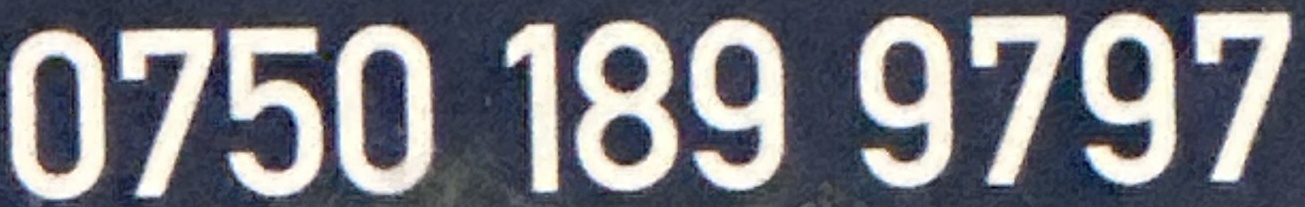
0750 189 9797